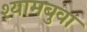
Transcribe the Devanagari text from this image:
श्यामबुवा